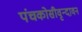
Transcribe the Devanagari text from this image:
पंचकोसीवृन्दावन